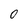
Character: 0